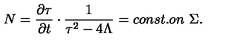
N = \frac { \partial \tau } { \partial t } \cdot \frac { 1 } { \tau ^ { 2 } - 4 \Lambda } = c o n s t . o n \mathrm { \ } \Sigma .